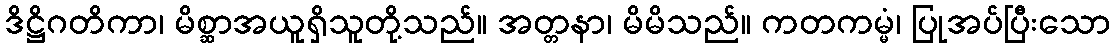
ဒိဋ္ဌိဂတိကာ၊ မိစ္ဆာအယူရှိသူတို့သည်။ အတ္တနာ၊ မိမိသည်။ ကတကမ္မံ၊ ပြုအပ်ပြီးသော